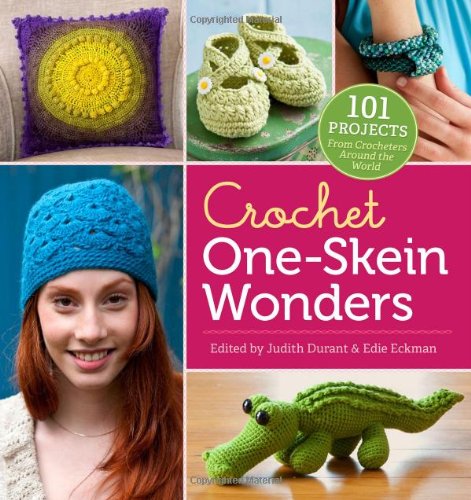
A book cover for Crochet One-Skein WondersÂ®: 101 Projects from Crocheters around the World; Crafts, Hobbies & Home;